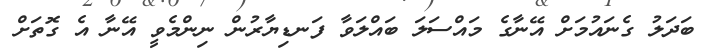
ބަދަލު ގެނައުމަށް އޭނާގެ މައްސަލަ ބައްލަވާ ފަނޑިޔާރުން ނިންމެވީ އޭނާ އެ ގޮތަށް